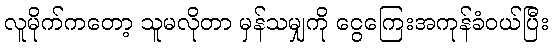
လူမိုက်ကတော့ သူမလိုတာ မှန်သမျှကို ငွေကြေးအကုန်ခံဝယ်ပြီး